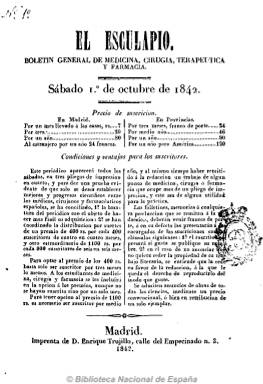
Título: El Esculapio (Madrid. 1842)
Colección: Medicina || Farmacia
Ámbito geográfico: Madrid
Lugar de publicación: Madrid
Fechas: 01/01/1842-31/12/1842

Subtitulado “boletín general de medicina, cirugía, terapéutica y farmacia” y también como revista enciclopédica de todos los periódicos de las ciencias medidas que se publican en España y otras naciones de Europa, publica secciones de bibliografía, memorias y artículos, descripciones de enfermedades y epidemias, y otra de variedades, con noticias de interés para profesores y alumnos, sociedades y academias, legislación, plazas vacantes, etc., al objeto de divulgar las mejoras, adelantos y progresos de estas ciencias, que en el caso de la farmacia, incluyen los referidos también a la botánica o a la química.

Comenzó a publicarse el uno de octubre de 1842, con periodicidad semanal (sábados) en números de ocho páginas, sin foliación seguida, estampado en la Imprenta de Enrique Trujillo. Su duración debió ser escasa, pues sólo se conoce un volumen con cinco números, correspondiente el último al día 29 de dicho mes, que al final contiene un índice general. Su director pudo ser José Alarcón Salcedo.